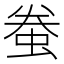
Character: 䖭